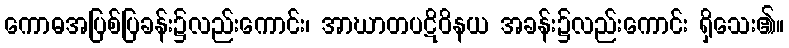
ကောဓအပြစ်ပြခန်း၌လည်းကောင်း၊ အာဃာတပဋိဝိနယ အခန်း၌လည်းကောင်း ရှိသေး၏။